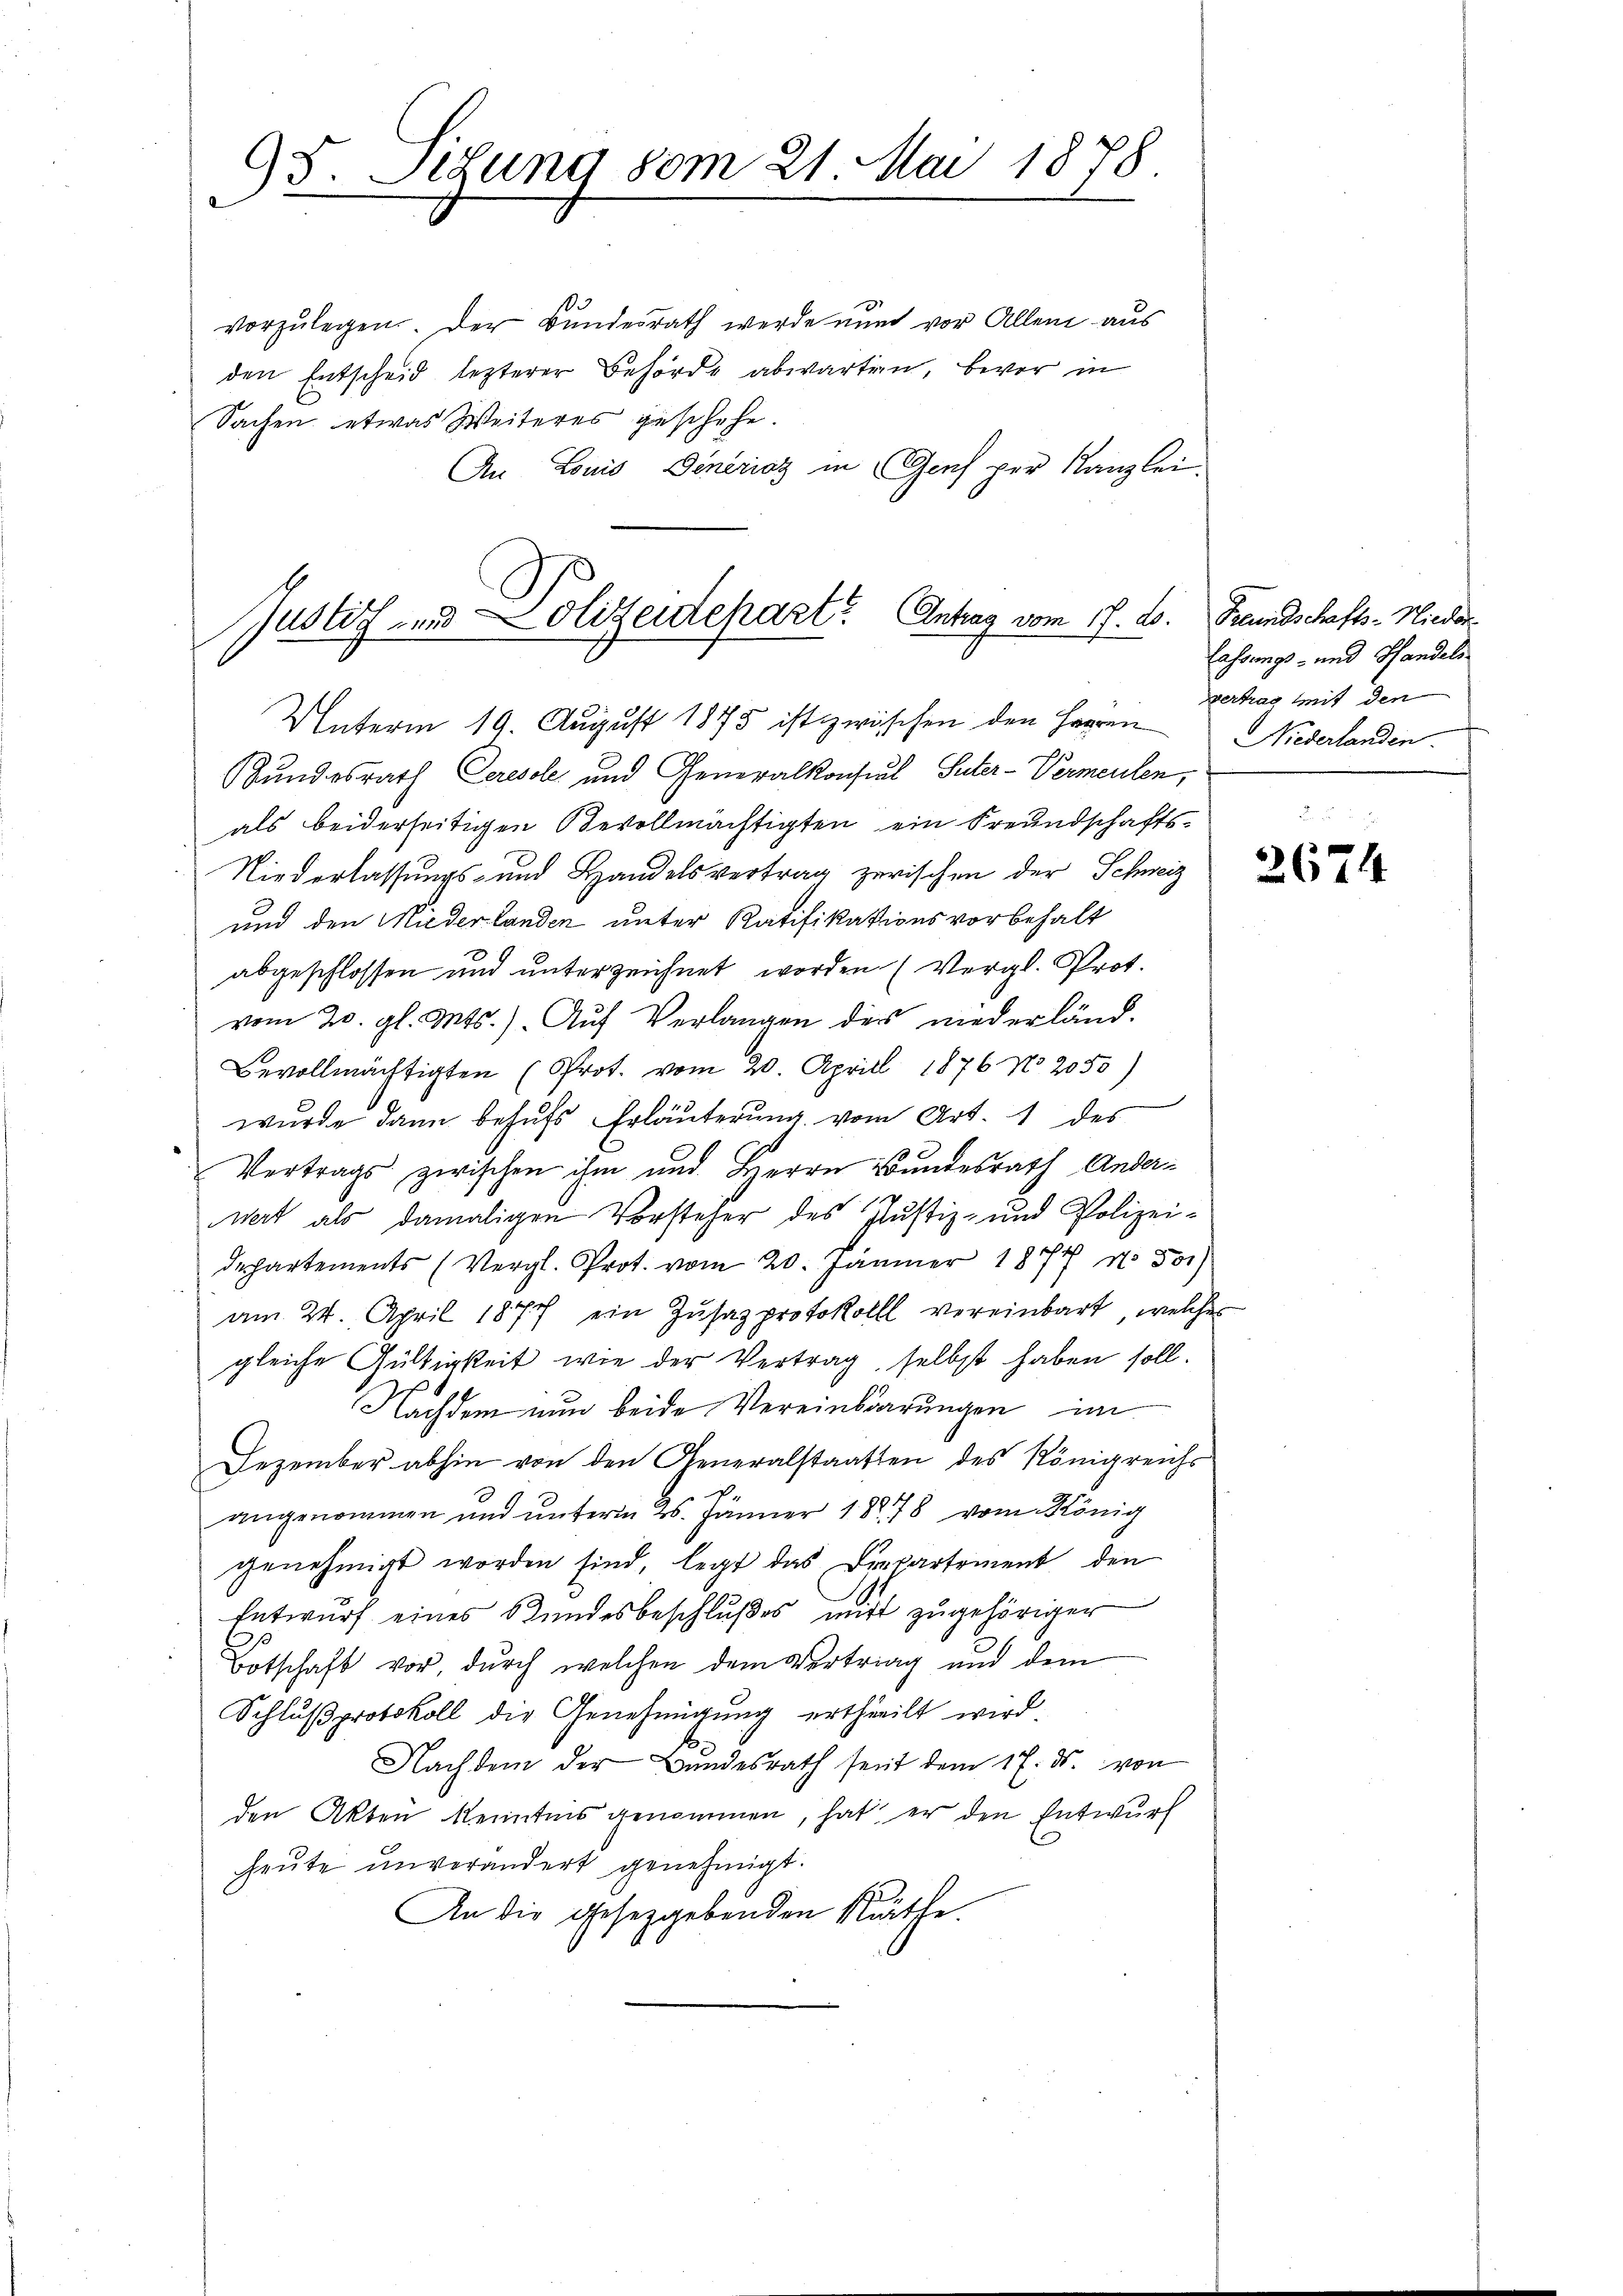
95. Sedung vom 21. Mai 1878.

Justiz und Polizeidepart Antrag vom 17. ds.
Unterm 19. August 1875 ist zwischen den Herren Niederlanden.

vorzŭlegen. Der Bundesrath werde nun vor Allem aus
den Entscheid lezterer Behörde abwarten, bevor in
Sachen etwas Weiteres geschehe.
An Louis Generisz in Genf per Kanzlei.

Bundesrath Ceresole und Generalkonsul Suter-Vermenten,
als beiderseitigen Bevollmächtigten ein Freundschafts¬
Niederlassungs- und Handelsvertrag zerischen der Schweiz
und den Miederlanden unter Ratifikationsvorbehalt
abgeschlossen und unterzeichnet worden (Vergl. Prot.
vom 20. gl. Mts.) Auf Verlangen des niederländ-
Bevollmächtigten (Prot. vom 20. Aprill 1876 No. 2050)
wurde dann behufs Erläuterung vom Art. 1 des
Vertrags zwischen ihm und Herrn Bundesrath Ander-
nwert als damaligen Vorsteher des Justiz- und Polizei-
departements (Vergl. Prot. vom 20. Jänner 1877 d. Jos
am 24. April 1877 ein Zŭsazprotokoll vereinbart, welches
gleiche Gültigkeit wie der Vertrag selbst haben soll.
Nachdem nun beide Vereinbarungen im
Dezember abhin von den Generalstaatten des Königreichs
angenommen und unterm 25. Jänner 1878 vom König
genehmigt worden sind, legt das Departement den
Entwurf eines Kundesbeschlußes mir zugehöriger
Botschaft vor, durch welchen dem Vertrag und dem
Schlußprotokoll die Genehmigung ertheilt wird.
Nachdem der Bundesrath seit dem 17. ds. von
den Akten Kenntens genommen, hat, er den Entwurf
heute unverändert genehmigt.
An die gesetzgebenden Räthe.

Freundschafts-Nieder
lassungs- und Pfandels
vertrag mit den

2674